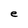
Character: e